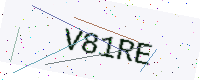
Text: V81RE